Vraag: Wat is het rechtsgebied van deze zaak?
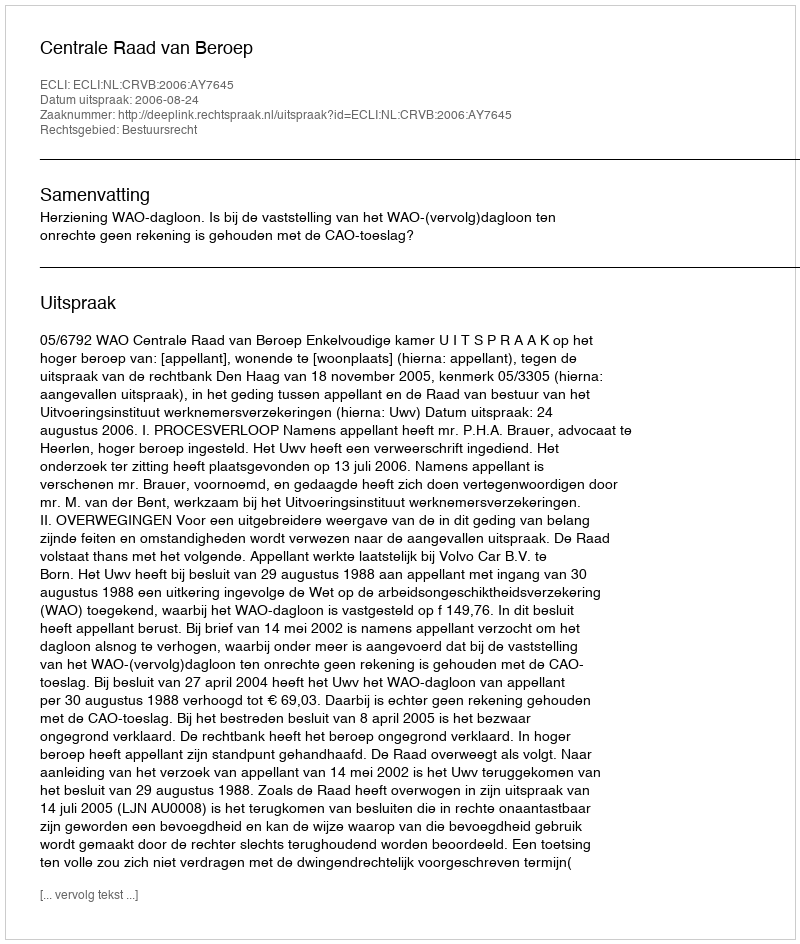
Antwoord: Bestuursrecht